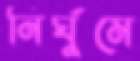
নির্ঘুমে